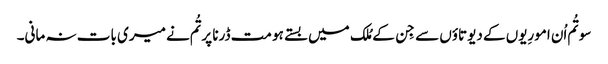
سو تُم اُن امورِیوں کے دیوتاؤں سے جِن کے مُلک میں بستے ہو مت ڈرنا پر تُم نے میری بات نہ مانی۔